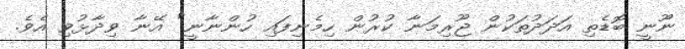
ނޫނީ ބޮޑެތި އަދަދުތަކުން ޖޫރިމަނާ ކުރުން ހިމެނިފައި ހުންނާނީ" އޭނާ ވިދާޅުވި އެވެ.